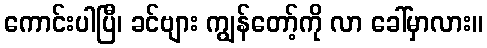
ကောင်းပါပြီ၊ ခင်ဗျား ကျွန်တော့်ကို လာ ခေါ်မှာလား။